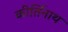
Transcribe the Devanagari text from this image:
कीर्तिनाथ